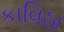
કાવિઠા